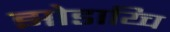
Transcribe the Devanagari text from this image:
झोडाय्चि